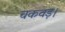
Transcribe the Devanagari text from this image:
चकवड़।